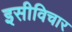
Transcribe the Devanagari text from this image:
इसीविचार